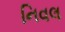
નિવલ